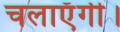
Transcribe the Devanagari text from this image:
चलाएँगी।